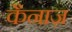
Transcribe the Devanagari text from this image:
कैनाज़